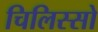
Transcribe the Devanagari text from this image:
चिलिस्सो